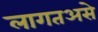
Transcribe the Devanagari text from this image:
लागतअसे